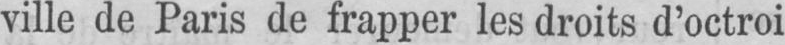
ville de Paris de frapper les droits d’octroi